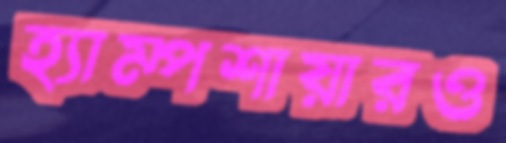
হ্যাম্পশায়ারও